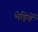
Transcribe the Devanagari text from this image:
भेड़ियें